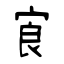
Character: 㝗